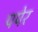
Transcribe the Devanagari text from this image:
पपेर